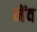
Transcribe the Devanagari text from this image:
मेंव